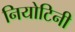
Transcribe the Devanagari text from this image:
नियोटिनी